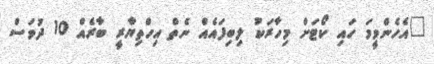
"އެހެންވީމަ ހައި ކޯޓަށް މިހާރަކު ލިބިފައެއް ނެތް އިހްތިޔާރީ ބާރެއް 10 ދުވަސް